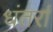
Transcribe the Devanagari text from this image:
धंतर्रा